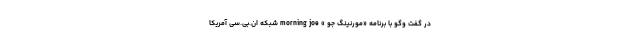
در گفت وگو با برنامه «مورنینگ جو » morning joe شبکه ان.بی.سی آمریکا